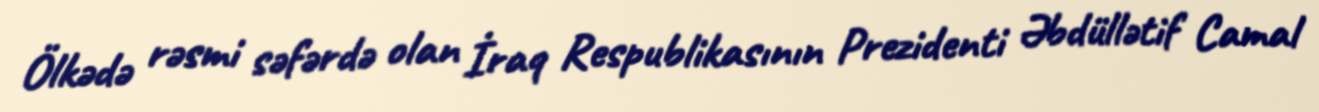
Ölkədə rəsmi səfərdə olan İraq Respublikasının Prezidenti Əbdüllətif Camal